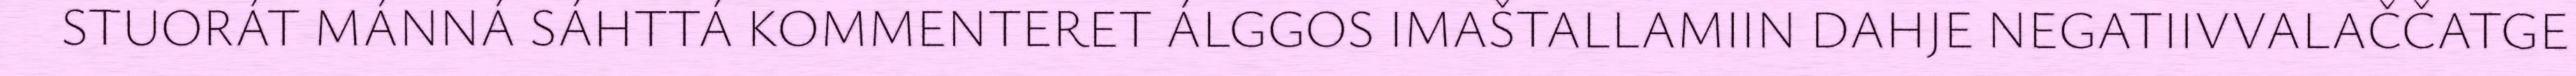
STUORÁT MÁNNÁ SÁHTTÁ KOMMENTERET ÁLGGOS IMAŠTALLAMIIN DAHJE NEGATIIVVALAČČATGE